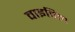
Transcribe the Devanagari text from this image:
वाइविल